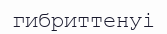
гибриттенуі